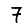
Digit: 7